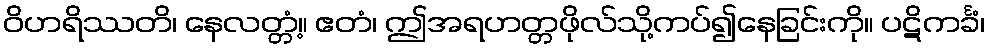
ဝိဟရိဿတိ၊ နေလတ္တံ့။ ဧတံ၊ ဤအရဟတ္တဖိုလ်သို့ကပ်၍နေခြင်းကို။ ပဋိကင်္ခံ၊